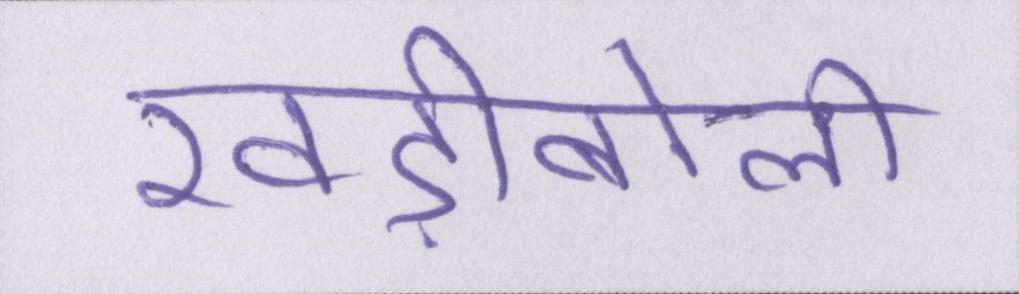
खड़ीबोली